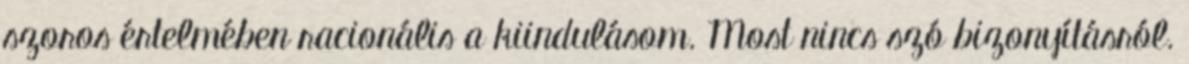
szoros értelmében racionális a kiindulásom. Most nincs szó bizonyításról.